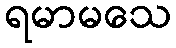
ရမာမသေ